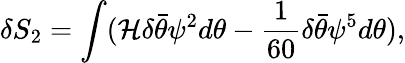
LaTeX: \delta S_{2}=\int({\cal H}\delta\bar{\theta}\psi^{2}d\theta-{\frac{1}{60}}\delta\bar{\theta}\psi^{5}d\theta),